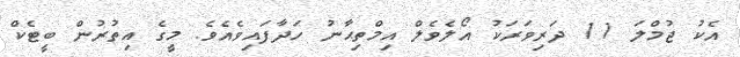
އެކު ޖުމްލަ 11 ދަރިވަރަކު އޯލެވެލް އިމްތިޙާނު ހަދާފައިވެއެވެ. މީގެ އިތުރުން ބީޓެކް